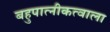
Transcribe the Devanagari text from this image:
बहुपात्नीकत्वाला